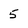
Character: 5